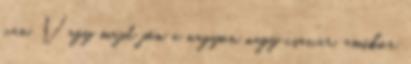
van. Vagy majd jön a nagyon nagy csavar, amikor